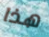
هذا